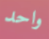
واحد